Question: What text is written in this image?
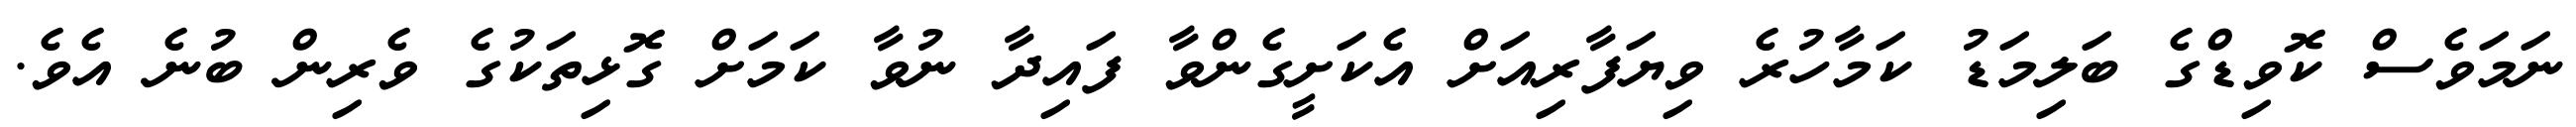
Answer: ނަމަވެސް ކޮވިޑްގެ ބަލިމަޑު ކަމާހުރެ ވިޔަފާރިއަށް އެކަށީގެންވާ ފައިދާ ނުވާ ކަމަށް ގޮޅިތަކުގެ ވެރިން ބުނެ އެވެ.